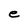
Character: e